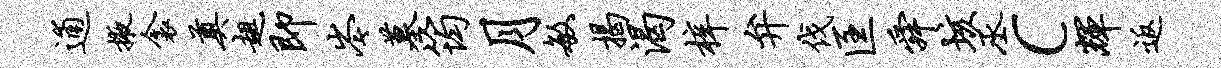
逋掖衾奠趄即岑墓筠月敏揭渴梓弁伐匡舜垓丞c辉返